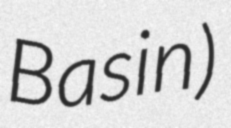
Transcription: Basin)